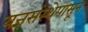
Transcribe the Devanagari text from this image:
यज्ञसंस्थेपासून